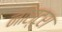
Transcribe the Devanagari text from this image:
नॉस्ट्रा